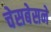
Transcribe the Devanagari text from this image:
चेसबेसने